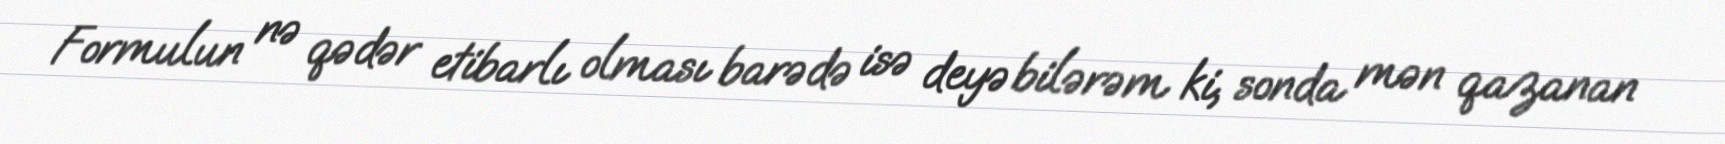
Formulun nə qədər etibarlı olması barədə isə deyə bilərəm ki, sonda mən qazanan